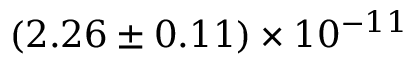
( 2 . 2 6 \pm 0 . 1 1 ) \times 1 0 ^ { - 1 1 }